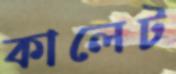
কালেট